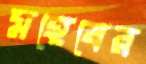
মহেষের